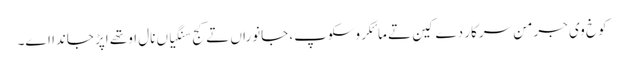
کوخ وی جرمن سرکار دے کین تے مائکروسکوپ، جانوراں تے کج سنگیاں نال اوتھے اپڑ جاندا اے۔